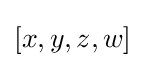
[x,y,z,w]